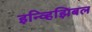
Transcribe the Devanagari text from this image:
इन्व्हिझिबल